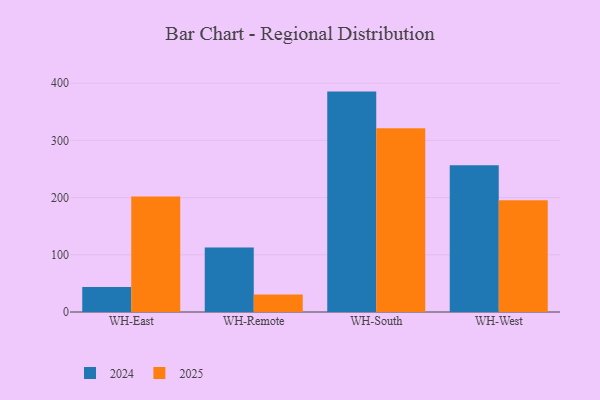
{"axis": {"x": "Warehouse", "y": "Humidity (%)"}, "legend": ["2024", "2025"], "data": [{"x": "WH-East", "y": 201.8, "type": "2025"}, {"x": "WH-East", "y": 43.8, "type": "2024"}, {"x": "WH-Remote", "y": 30.6, "type": "2025"}, {"x": "WH-Remote", "y": 112.6, "type": "2024"}, {"x": "WH-South", "y": 321.3, "type": "2025"}, {"x": "WH-South", "y": 385.2, "type": "2024"}, {"x": "WH-West", "y": 195.2, "type": "2025"}, {"x": "WH-West", "y": 256.5, "type": "2024"}]}